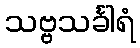
သဗ္ဗသင်္ခါရံ